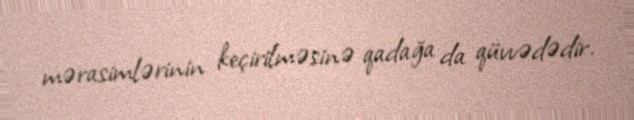
mərasimlərinin keçirilməsinə qadağa da qüvvədədir.